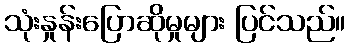
သုံးနှုန်းပြောဆိုမှုများ ပြင်သည်။